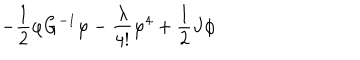
- \frac { 1 } { 2 } \varphi G ^ { - 1 } \varphi - \frac { \lambda } { 4 ! } \varphi ^ { 4 } + \frac { 1 } { 2 } J \phi